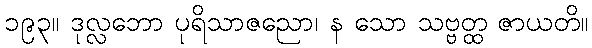
၁၉၃။ ဒုလ္လဘော ပုရိသာဇညော၊ န သော သဗ္ဗတ္ထ ဇာယတိ။